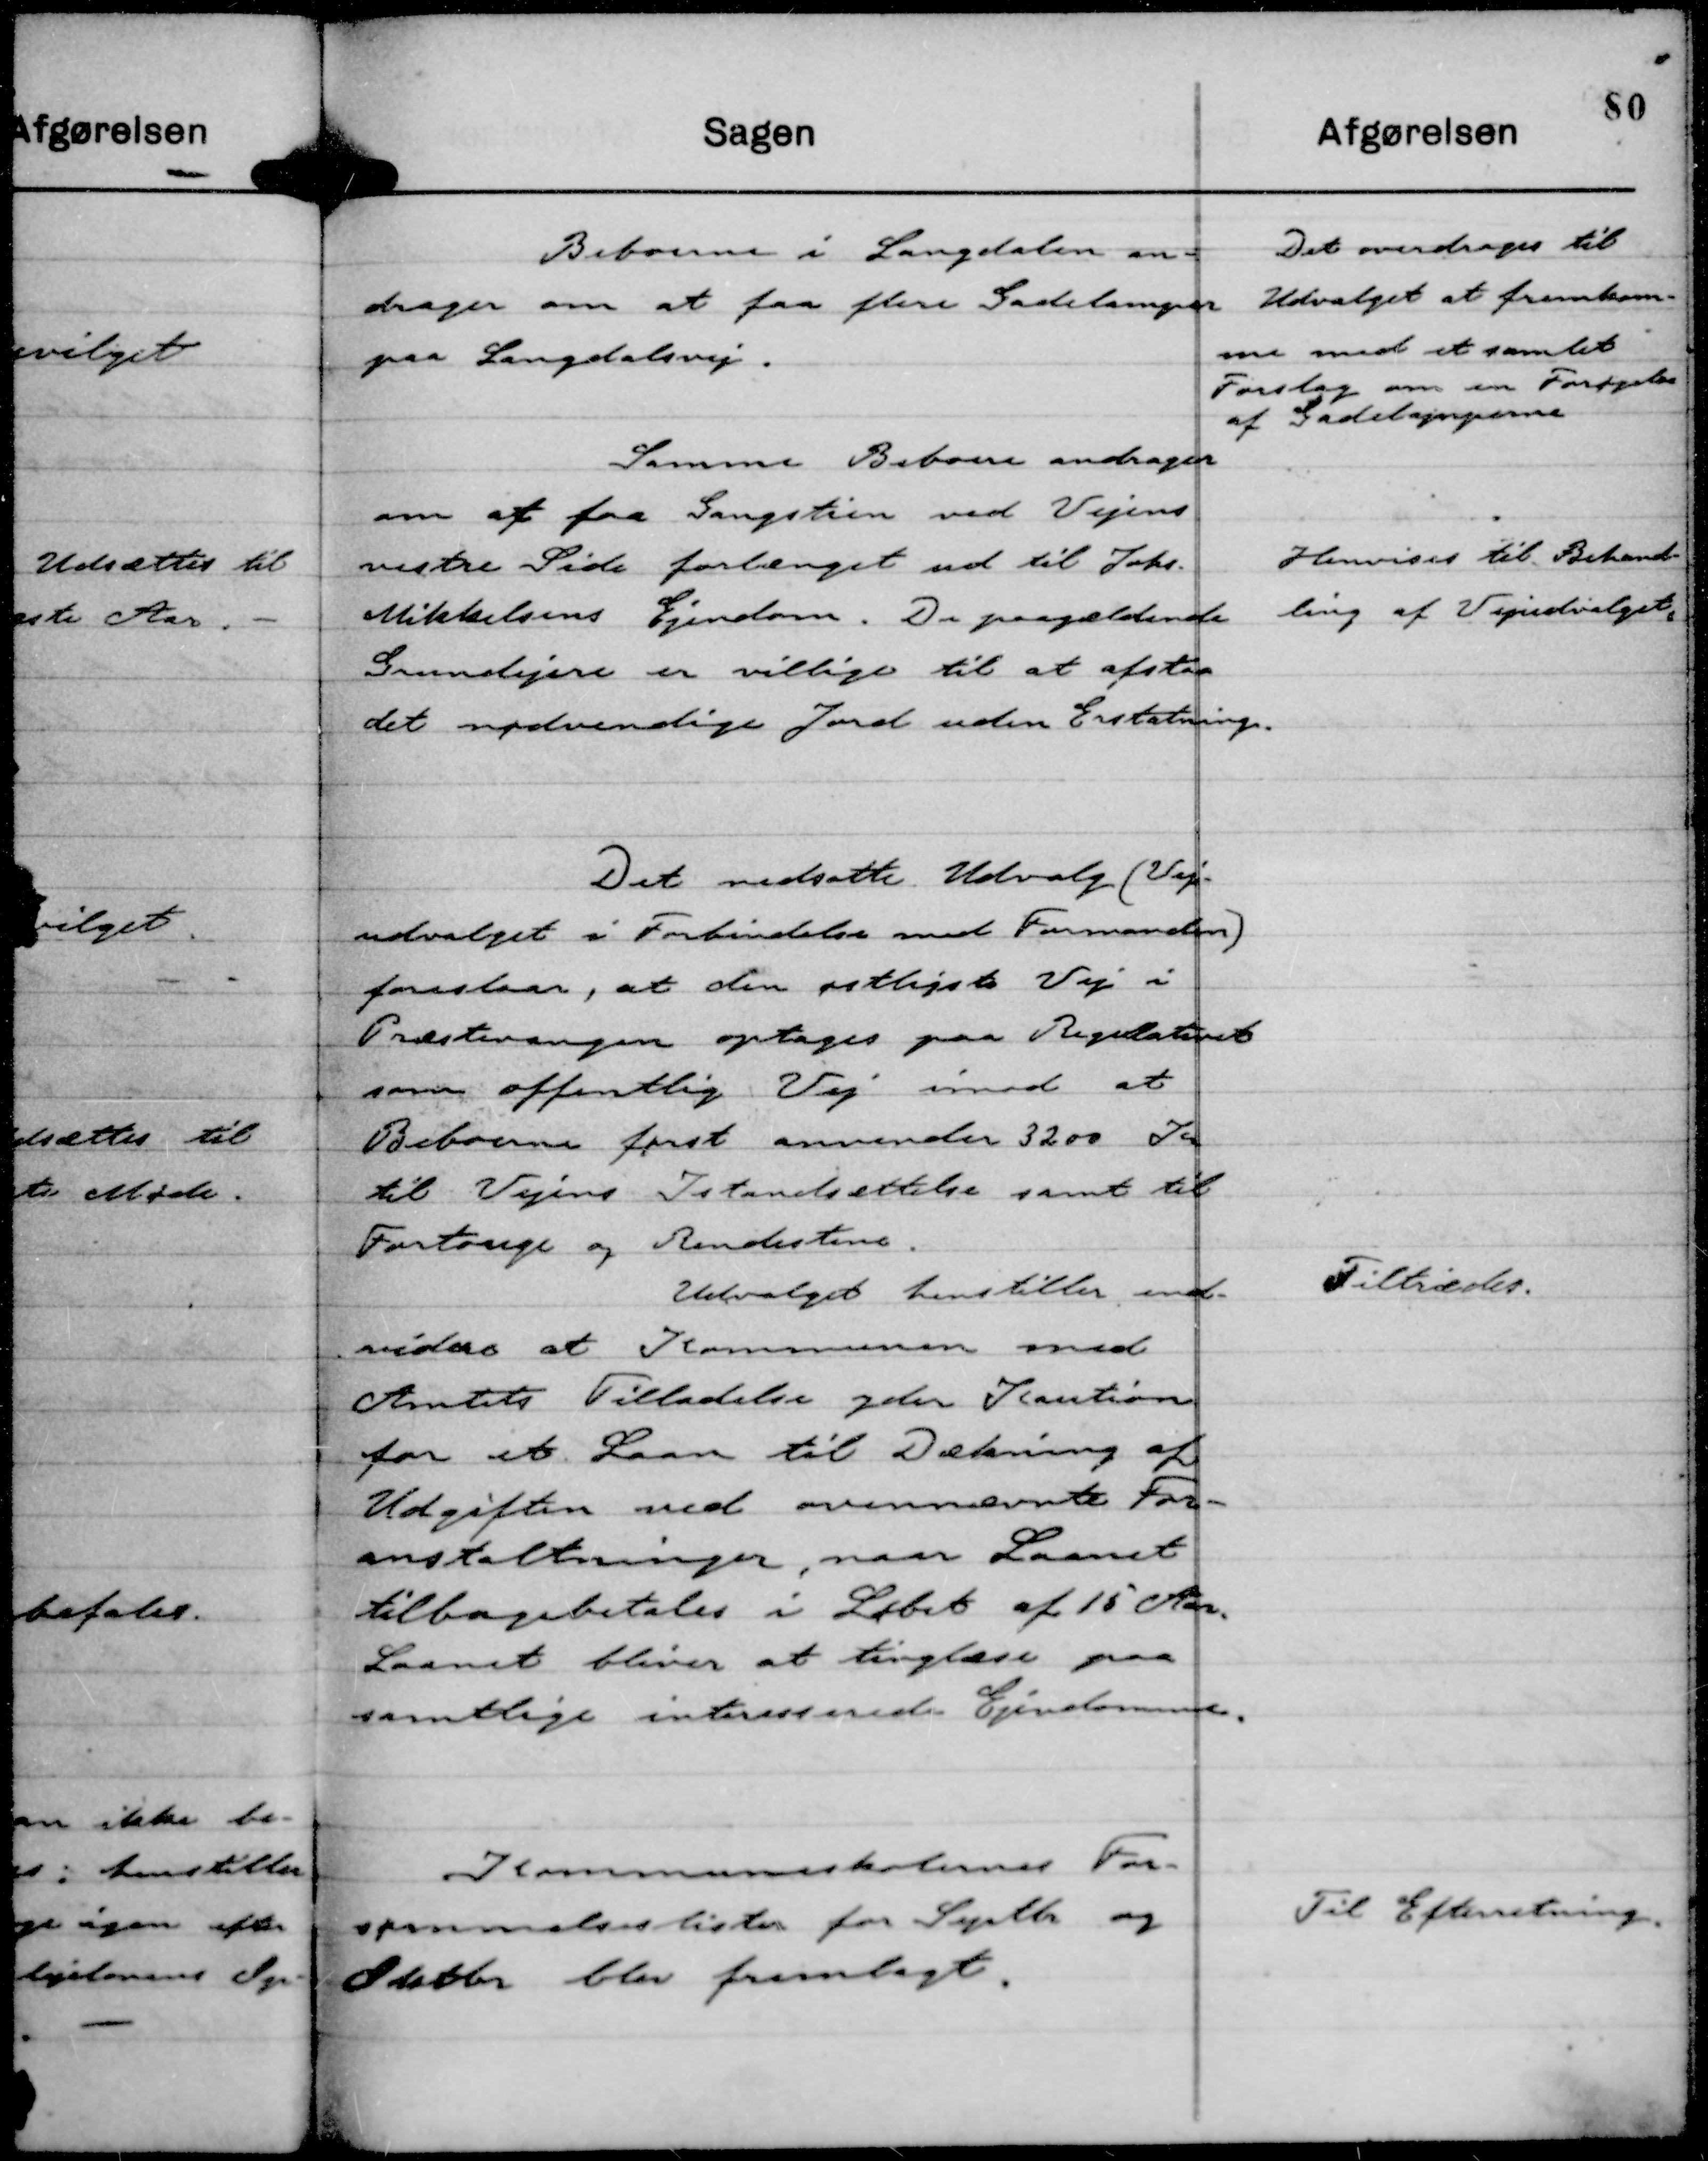
Transskription:
Beboerne i Langdalen an-
drager om at faa flere Gadelamper
paa Langdalsvej.

Det overdrages til
Udvalget at fremkom-
me med et samlet
Forslag om en Forøgelse
af Gadelamperne

Samme Beboere andrager
om at faa Gangstien ved Vejens
vestre Side forlænget ud til Johs.
Mikkelsens Ejendom. De paagældende
Grundejere er villige til at afstaa
det nødvendige Jord uden Erstatning.

Henvises til Behand-
ling af Vejudvalget.

Det nedsatte Udvalg (Vej-
udvalget i Forbindelse med Formanden)
foreslaar, at den østligste Vej i
Præstevangen optages paa Regulativet
som offentlig Vej imod at
Beboerne først anvender 3200 Kr
til Vejens Istandsættelse samt til
Fortouge og Rendestene.
Udvalget henstiller end-
videre at Kommunen med
Amtets Tilladelse yder Kaution
for et Laan til Dækning af
Udgiften ved ovennævnte For-
anstaltninger, naar Laanet
tilbagebetales i Løbet af 15 Aar.
Laanet bliver at tinglæse paa
samtlige interesserede Ejendomme.

Tiltrædes.

Kommuneskolernes For-
sømmelseslister for Septbr og
Oktbr blev fremlagt.

Til Efterretning.